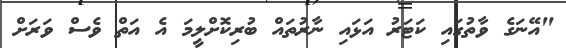
"އޭނަގެ ވާތުގައި ކަޓަރު އަޅައި ނާރުތައް ބުރިކޮށްލީމަ އެ އަތް ވެސް ވަރަށް